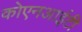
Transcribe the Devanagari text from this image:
कोएनआईटी